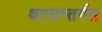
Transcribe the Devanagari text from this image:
थानान्तर्गत